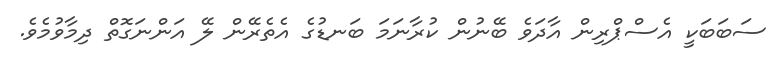
ސަބަބަކީ އެސްޕްރިން އާދަވެ ބޭނުން ކުރާނަމަ ބަނޑުގެ އެތެރޭން ލޭ އަންނަގޮތް ދިމާވުމެވެ.